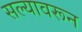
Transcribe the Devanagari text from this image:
सल्यावरून